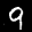
Digit: 9